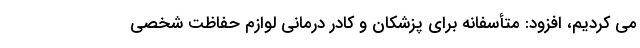
می کردیم، افزود: متأسفانه برای پزشکان و کادر درمانی لوازم حفاظت شخصی